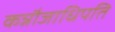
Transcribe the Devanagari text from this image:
कन्नौजाधिपति